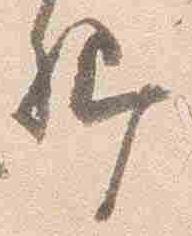
卿